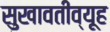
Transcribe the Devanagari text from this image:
सुखावतीव्यूह